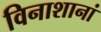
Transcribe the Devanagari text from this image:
विनाशानां